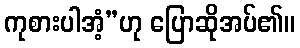
ကုစားပါအံ့”ဟု ပြောဆိုအပ်၏။